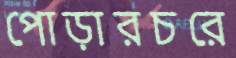
পোড়ারচরে